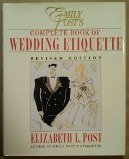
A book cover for Emily Post's Complete Book of Wedding Etiquette. Revised Edition; Crafts, Hobbies & Home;